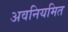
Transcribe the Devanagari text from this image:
अवनियमित